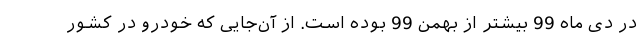
در دی ماه 99 بیشتر از بهمن 99 بوده است. از آن‌جایی که خودرو در کشور